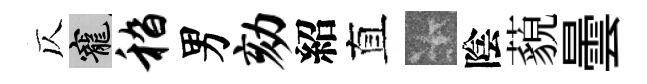
仄寵嵇男劾紹直卡陰藐曇